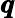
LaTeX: \pmb q